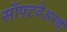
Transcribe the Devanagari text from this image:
सॉफ़्टवेअरची